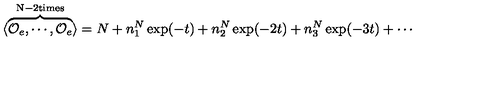
\langle \overbrace { { \cal O } _ { e } , \cdots , { \cal O } _ { e } } ^ { \mathrm { N - 2 t i m e s } } \rangle = N + n _ { 1 } ^ { N } \exp ( - t ) + n _ { 2 } ^ { N } \exp ( - 2 t ) + n _ { 3 } ^ { N } \exp ( - 3 t ) + \cdots